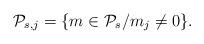
LaTeX: \begin{align*} \mathcal{P}_{s,j}&=\{ m\in\mathcal{P}_s /m_j\neq 0 \}.\end{align*}